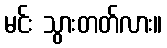
မင်း သွားတတ်လား။